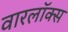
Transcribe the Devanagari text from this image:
वारलॉक्स